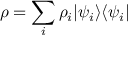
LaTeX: \rho = \sum _ { i } \rho _ { i } | \psi _ { i } \rangle \langle \psi _ { i } |